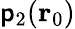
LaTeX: \mathsf{p}_{2}(\textbf{{r}}_{0})